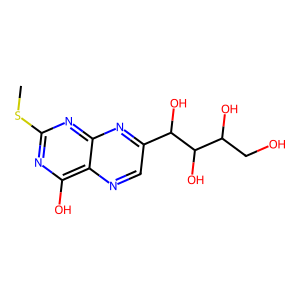
SMILES: CSc1nc(O)c2ncc(C(O)C(O)C(O)CO)nc2n1
Inhibits HIV replication: No